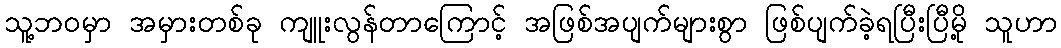
သူ့ဘဝမှာ အမှားတစ်ခု ကျူးလွန်တာကြောင့် အဖြစ်အပျက်များစွာ ဖြစ်ပျက်ခဲ့ရပြီးပြီမို့ သူဟာ